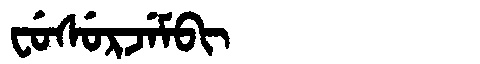
Manchu: ᠸᡠᠰᡠᡵᠵᡝᠮᠪᡳ
Romanization: FUSURJEMBI